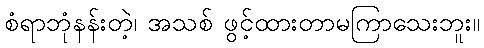
စံရာဘုံနန်းတဲ့၊ အသစ် ဖွင့်ထားတာမကြာသေးဘူး။